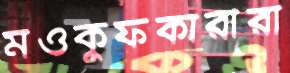
মওকুফকারীরা